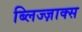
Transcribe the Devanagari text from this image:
ब्लिज्ज़ाक्स